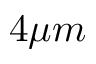
4 \mu m